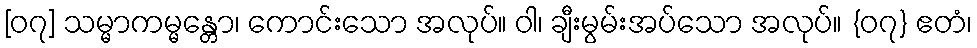
[၀၇] သမ္မာကမ္မန္တော၊ ကောင်းသော အလုပ်။ ဝါ၊ ချီးမွမ်းအပ်သော အလုပ်။ {၀၇} ဧတံ၊